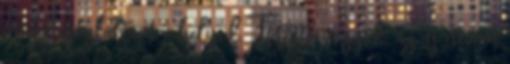
meg befoglaltam a helyed. Törtető vagyok, az új nevem